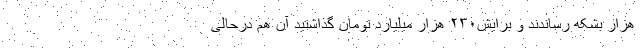
هزار بشکه رساندند و برایش۲۳۰ هزار میلیارد تومان گذاشتید آن هم درحالی